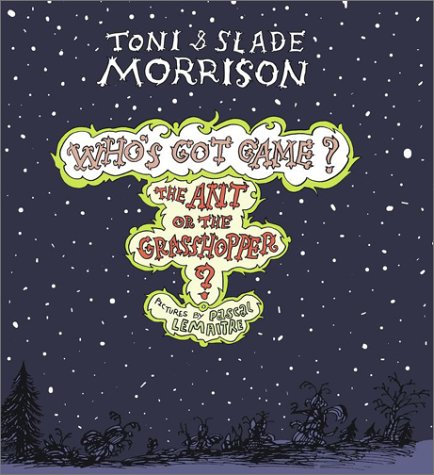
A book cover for The Ant or the Grasshopper? (Who's Got Game?); Toni Morrison; Comics & Graphic Novels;